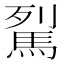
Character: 𩢾